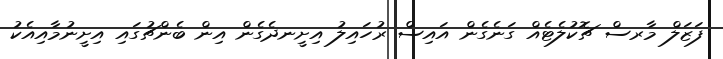
ފަޒަލް މާރސް ޗޮކުލެޓެއް ގަނެގެން އައިސް ރުހައިލު އިށީނދެގެން އިން ބެންޗުގައި އިށީނުމާއިއެކު